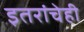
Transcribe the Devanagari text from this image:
इतरांचेही